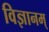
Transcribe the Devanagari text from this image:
विज्ञानम्